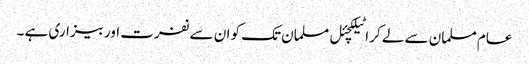
عام مسلمان سے لے کر اٹیلکچئل مسلمان تک کو ان سے نفرت اور بیزاری ہے ۔